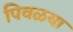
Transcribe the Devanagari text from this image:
पिवळया